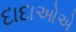
દાદાઓએ